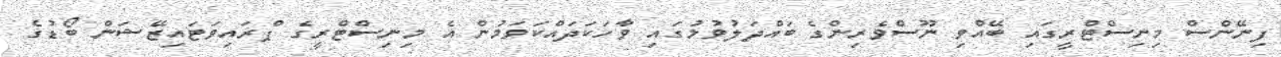
ފިނޭންސް މިނިސްޓްރީގައި ބޭއްވި ނޫސްވެރިންގެ ބައްދަލުވުމުގައި ވާހަކަދައްކަވަމުން އެ މިނިސްޓްރީގެ ޕްރައިވަޓައިޒޭޝަން ބޯޑުގެ